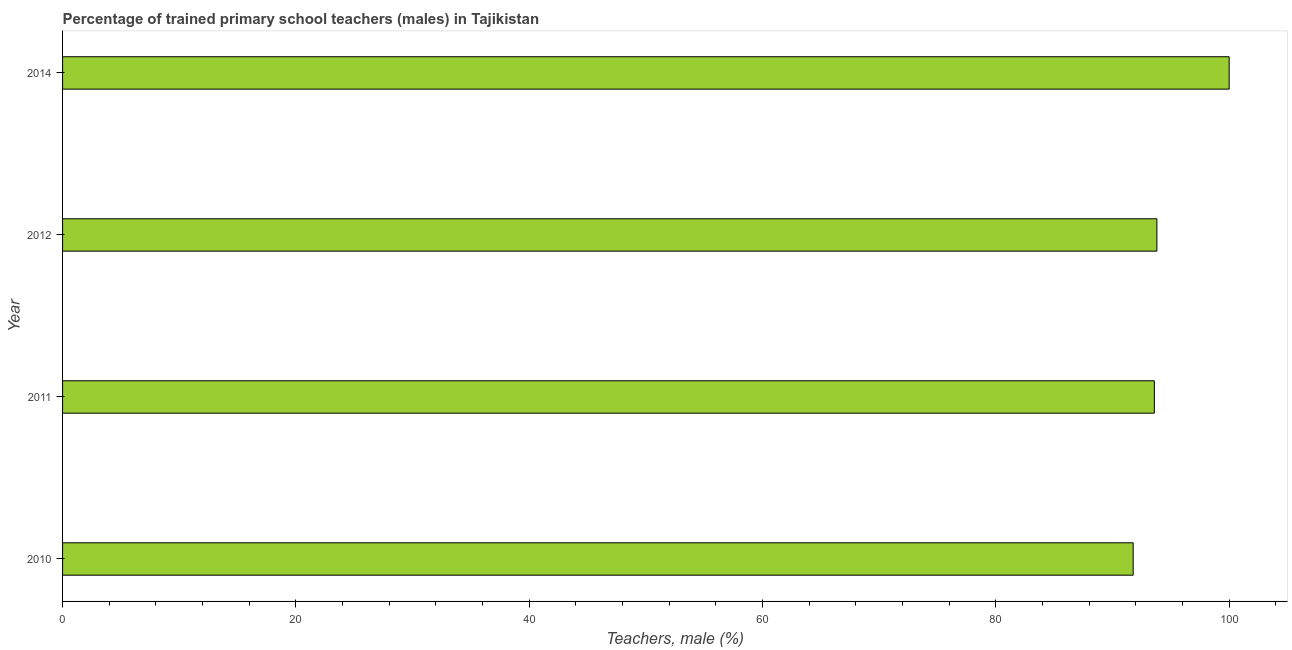
| Year | Trained teachers male |
 | --- | --- |
 | 2010 | 91.8 |
 | 2011 | 93.6 |
 | 2012 | 93.8 |
 | 2014 | 100 |